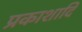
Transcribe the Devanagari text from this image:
प्रकाशादि